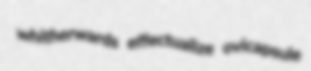
whitherwards effectualize ovicapsule